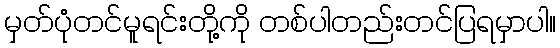
မှတ်ပုံတင်မူရင်းတို့ကို တစ်ပါတည်းတင်ပြရမှာပါ။